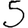
Digit: 5